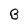
Character: B